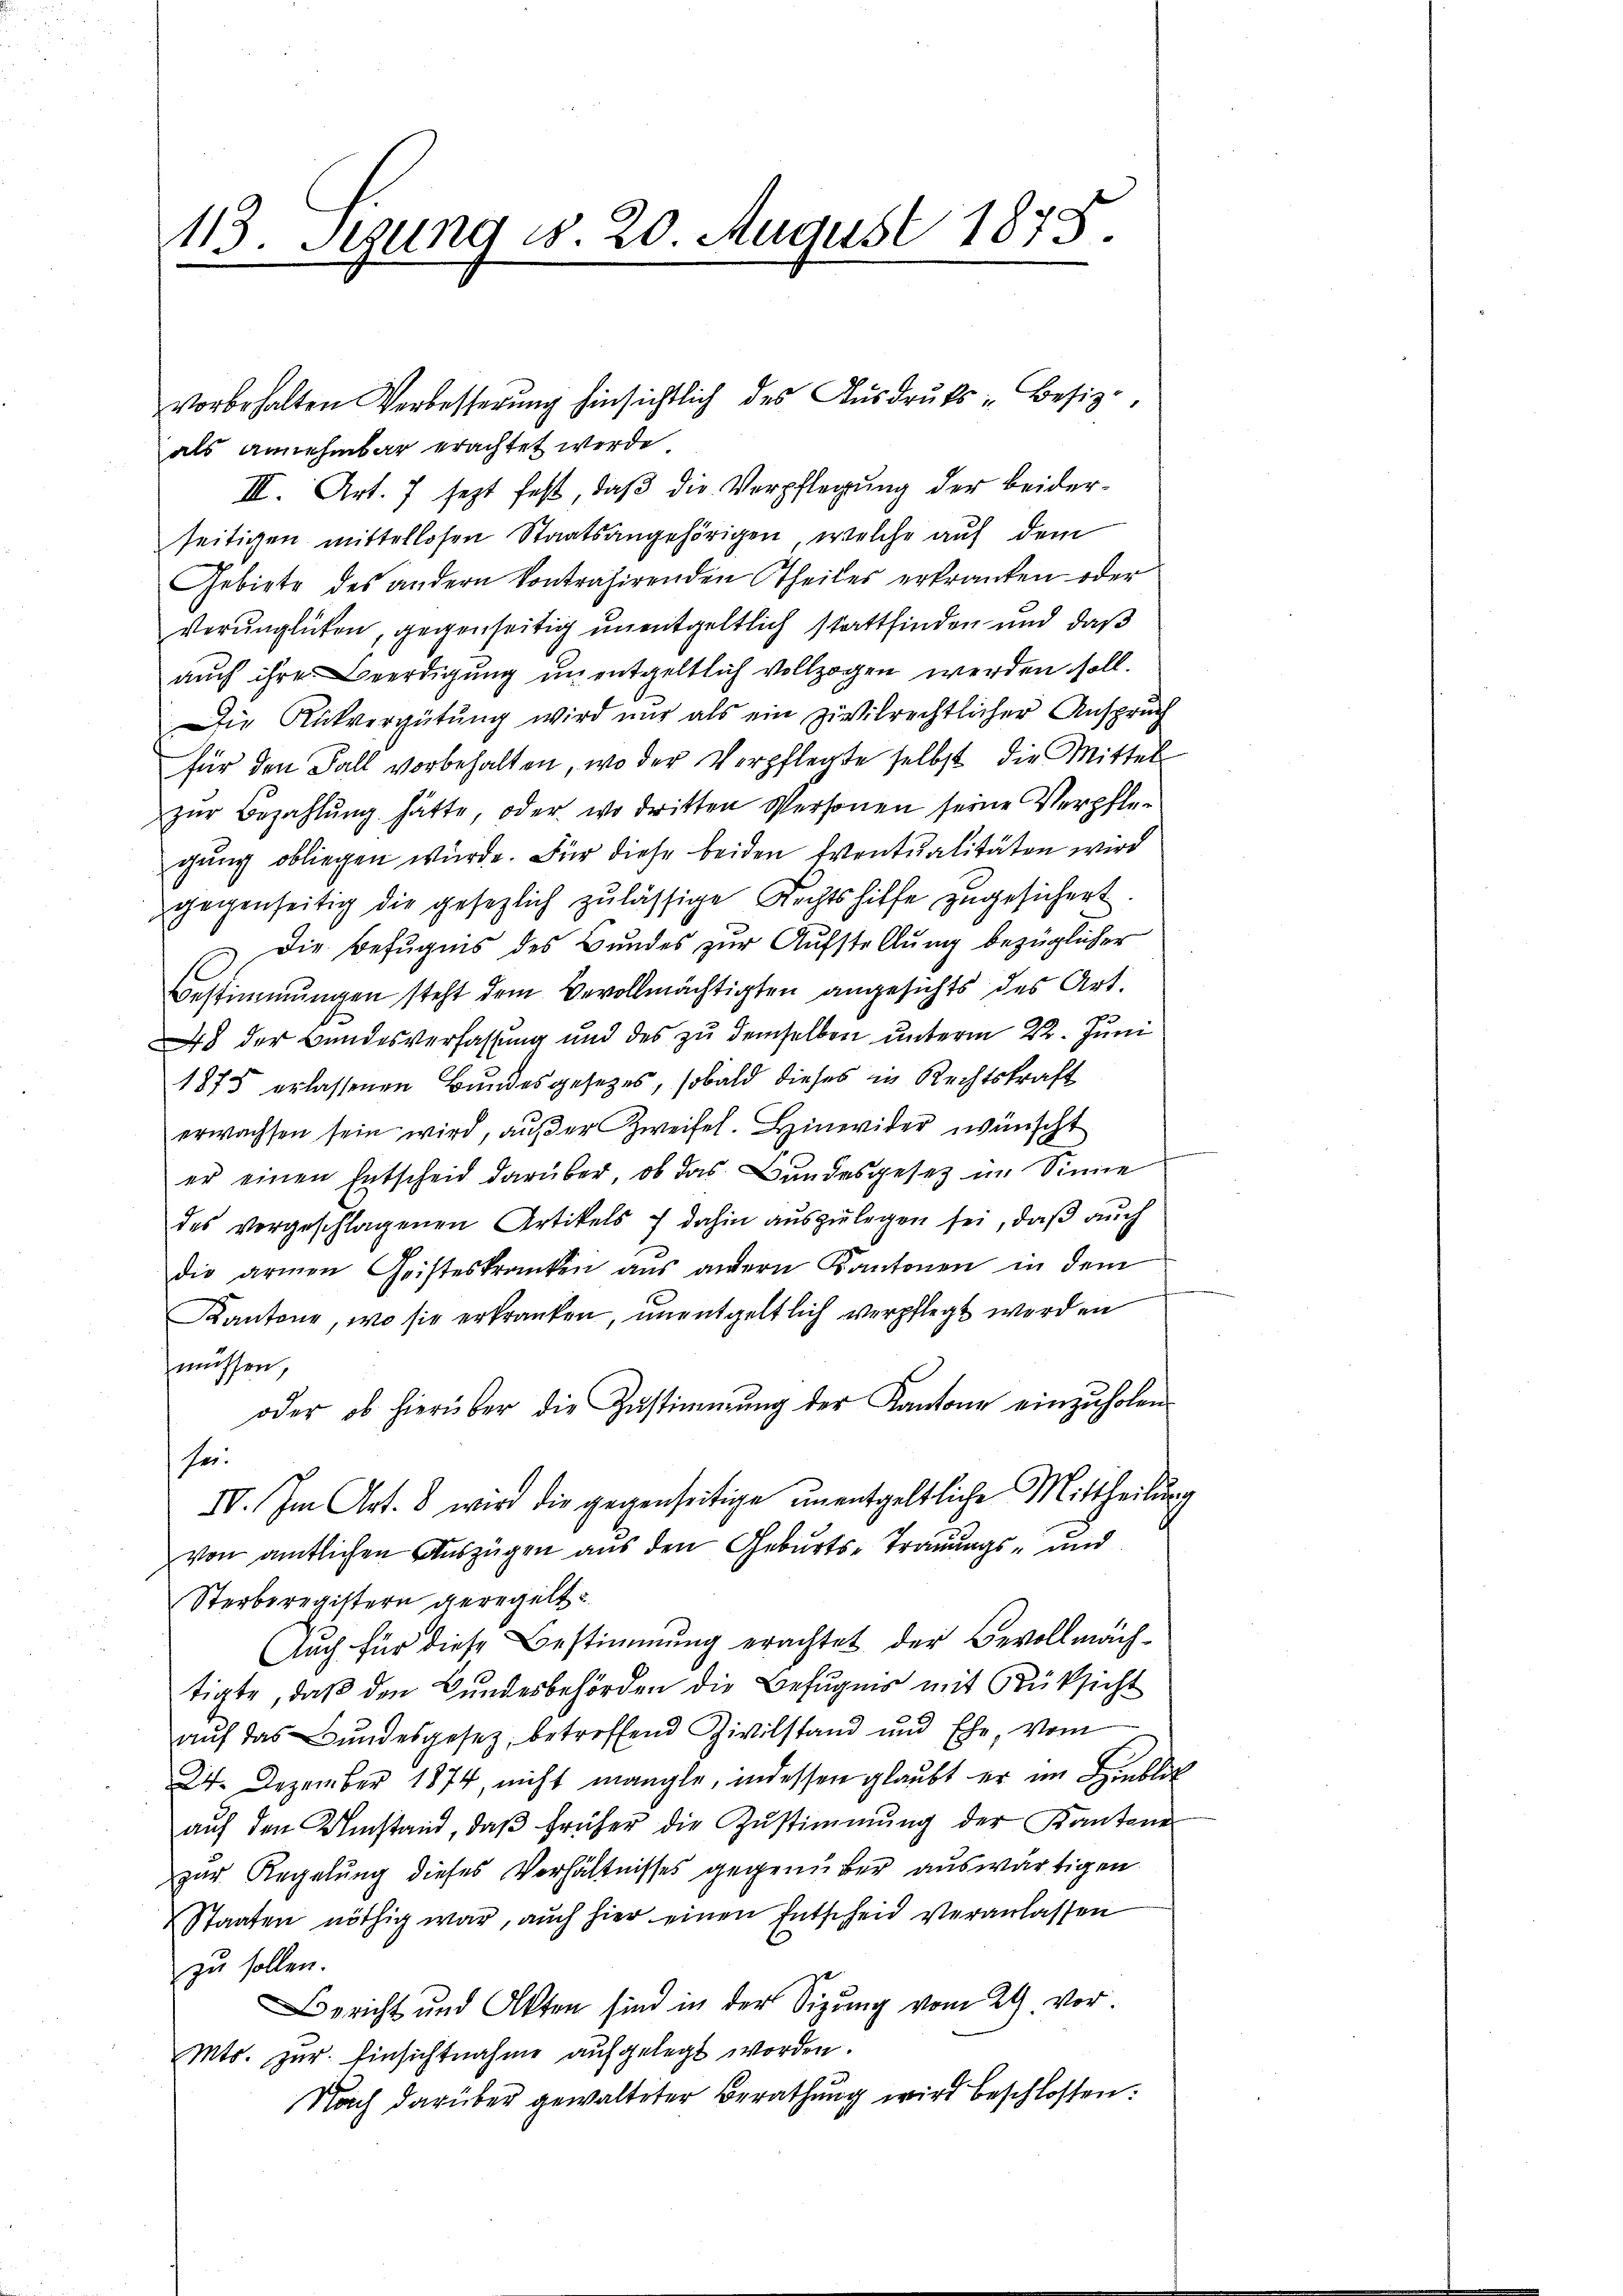
als annehmbar erachtet werde
III. Art. 7 jezt fest, daβ die Verpflegung der beiderseitigen mittellosen Staatsangehörigen, welche auf dem
Gebiete des andern kontrahirenden Theiles erkranken oder
verunglücken, gegenseitig unentgeltlich stattfinden und daß
auch ihre Beerdigung unentgeltlich vollzogen werden soll.
Die Rückvergütung wird nur als ein zivilrechtlicher Anspruch
für den Fall vorbehalten, wo der Verpflegte selbst, die Mittel
zŭr Bezahlŭng hätte, oder wo dritten Personen seine Verpflegung obliegen würde. Für diese beiden Eventualitäten wird
gegenseitig die gesezlich zulässige Rechtshilfe zugesichert
) Die Befugnis des Bundes zur Aufstellung bezüglicher
Bestimmungen steht dem Bevollmächtigten angesichts des Art.
48 der Bundesverfassung und des zu demselben unterm 22. Juni
1875 erlassenen Bundesgesetzes, sobald dieses in Rechtskraft
erwachsen sein wird, außer Zweifel. Hinwider wünscht
er einen Entscheid darüber, ob das Bundesgesetz im Sinne
des vorgeschlagenen Artikels dahin aŭszŭlegen sei, daß auch
die armen Geisteskranken aŭs andern Kantonen in dem
Kantone, wo sie erkranken, unentgeltlich verpflegt werden
müssen,
oder ob hierüber die Zŭstimmung der Kantone einzŭholen.
sei.
IV. Im Art. 8 wird die gegenseitige unentgeltliche Mittheilung
von amtlichen Auszügen aus den Geburts-Trauungs- und
Sterberegistern geregelt
nach für diese Bestimmung erachtet der Bevollmächtigte, daß den Bundesbehörden die Befugnis mit Rüksicht
auf das Bundesgesetz, betreffend Zivilstand und Ehe, vom
24. Dezember 1874, nicht mangle, indessen glaubt er im Hinblich
aŭf den Umstand, daβ früher die Zŭstimmung der Kantone
zur Regelung dieses Verhältnisses gegenüber auswärtigen.
Staaten nöthig war, auch hier einen Entscheid veranlassen
zu sollen.
Bericht und Akten sind in der Sizung vom 29. vor.
Mts. zur Einsichtnahme aufgelegt worden.
Nach darüber gewalteter Berathung wird beschlossen:

113. Stung d. 20. August 1875.

vorbehalten Verbesserŭng hinsichtlich des Aŭsdrŭks - Besiz-